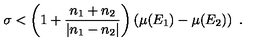
\sigma < \left( 1 + \frac { n _ { 1 } + n _ { 2 } } { | n _ { 1 } - n _ { 2 } | } \right) \left( \mu ( E _ { 1 } ) - \mu ( E _ { 2 } ) \right) \ .